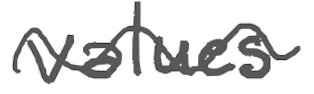
Text: values
Cross-out: wave
Writing tool: digital_gray